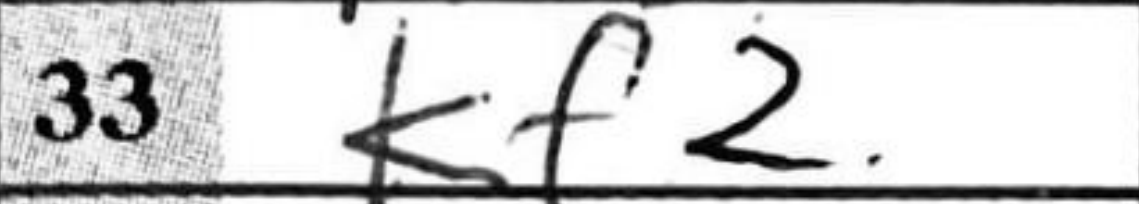
Transcription: Kf2